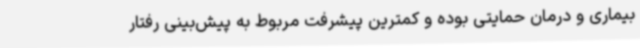
بیماری و درمان حمایتی بوده و کمترین پیشرفت مربوط به پیش‌بینی رفتار